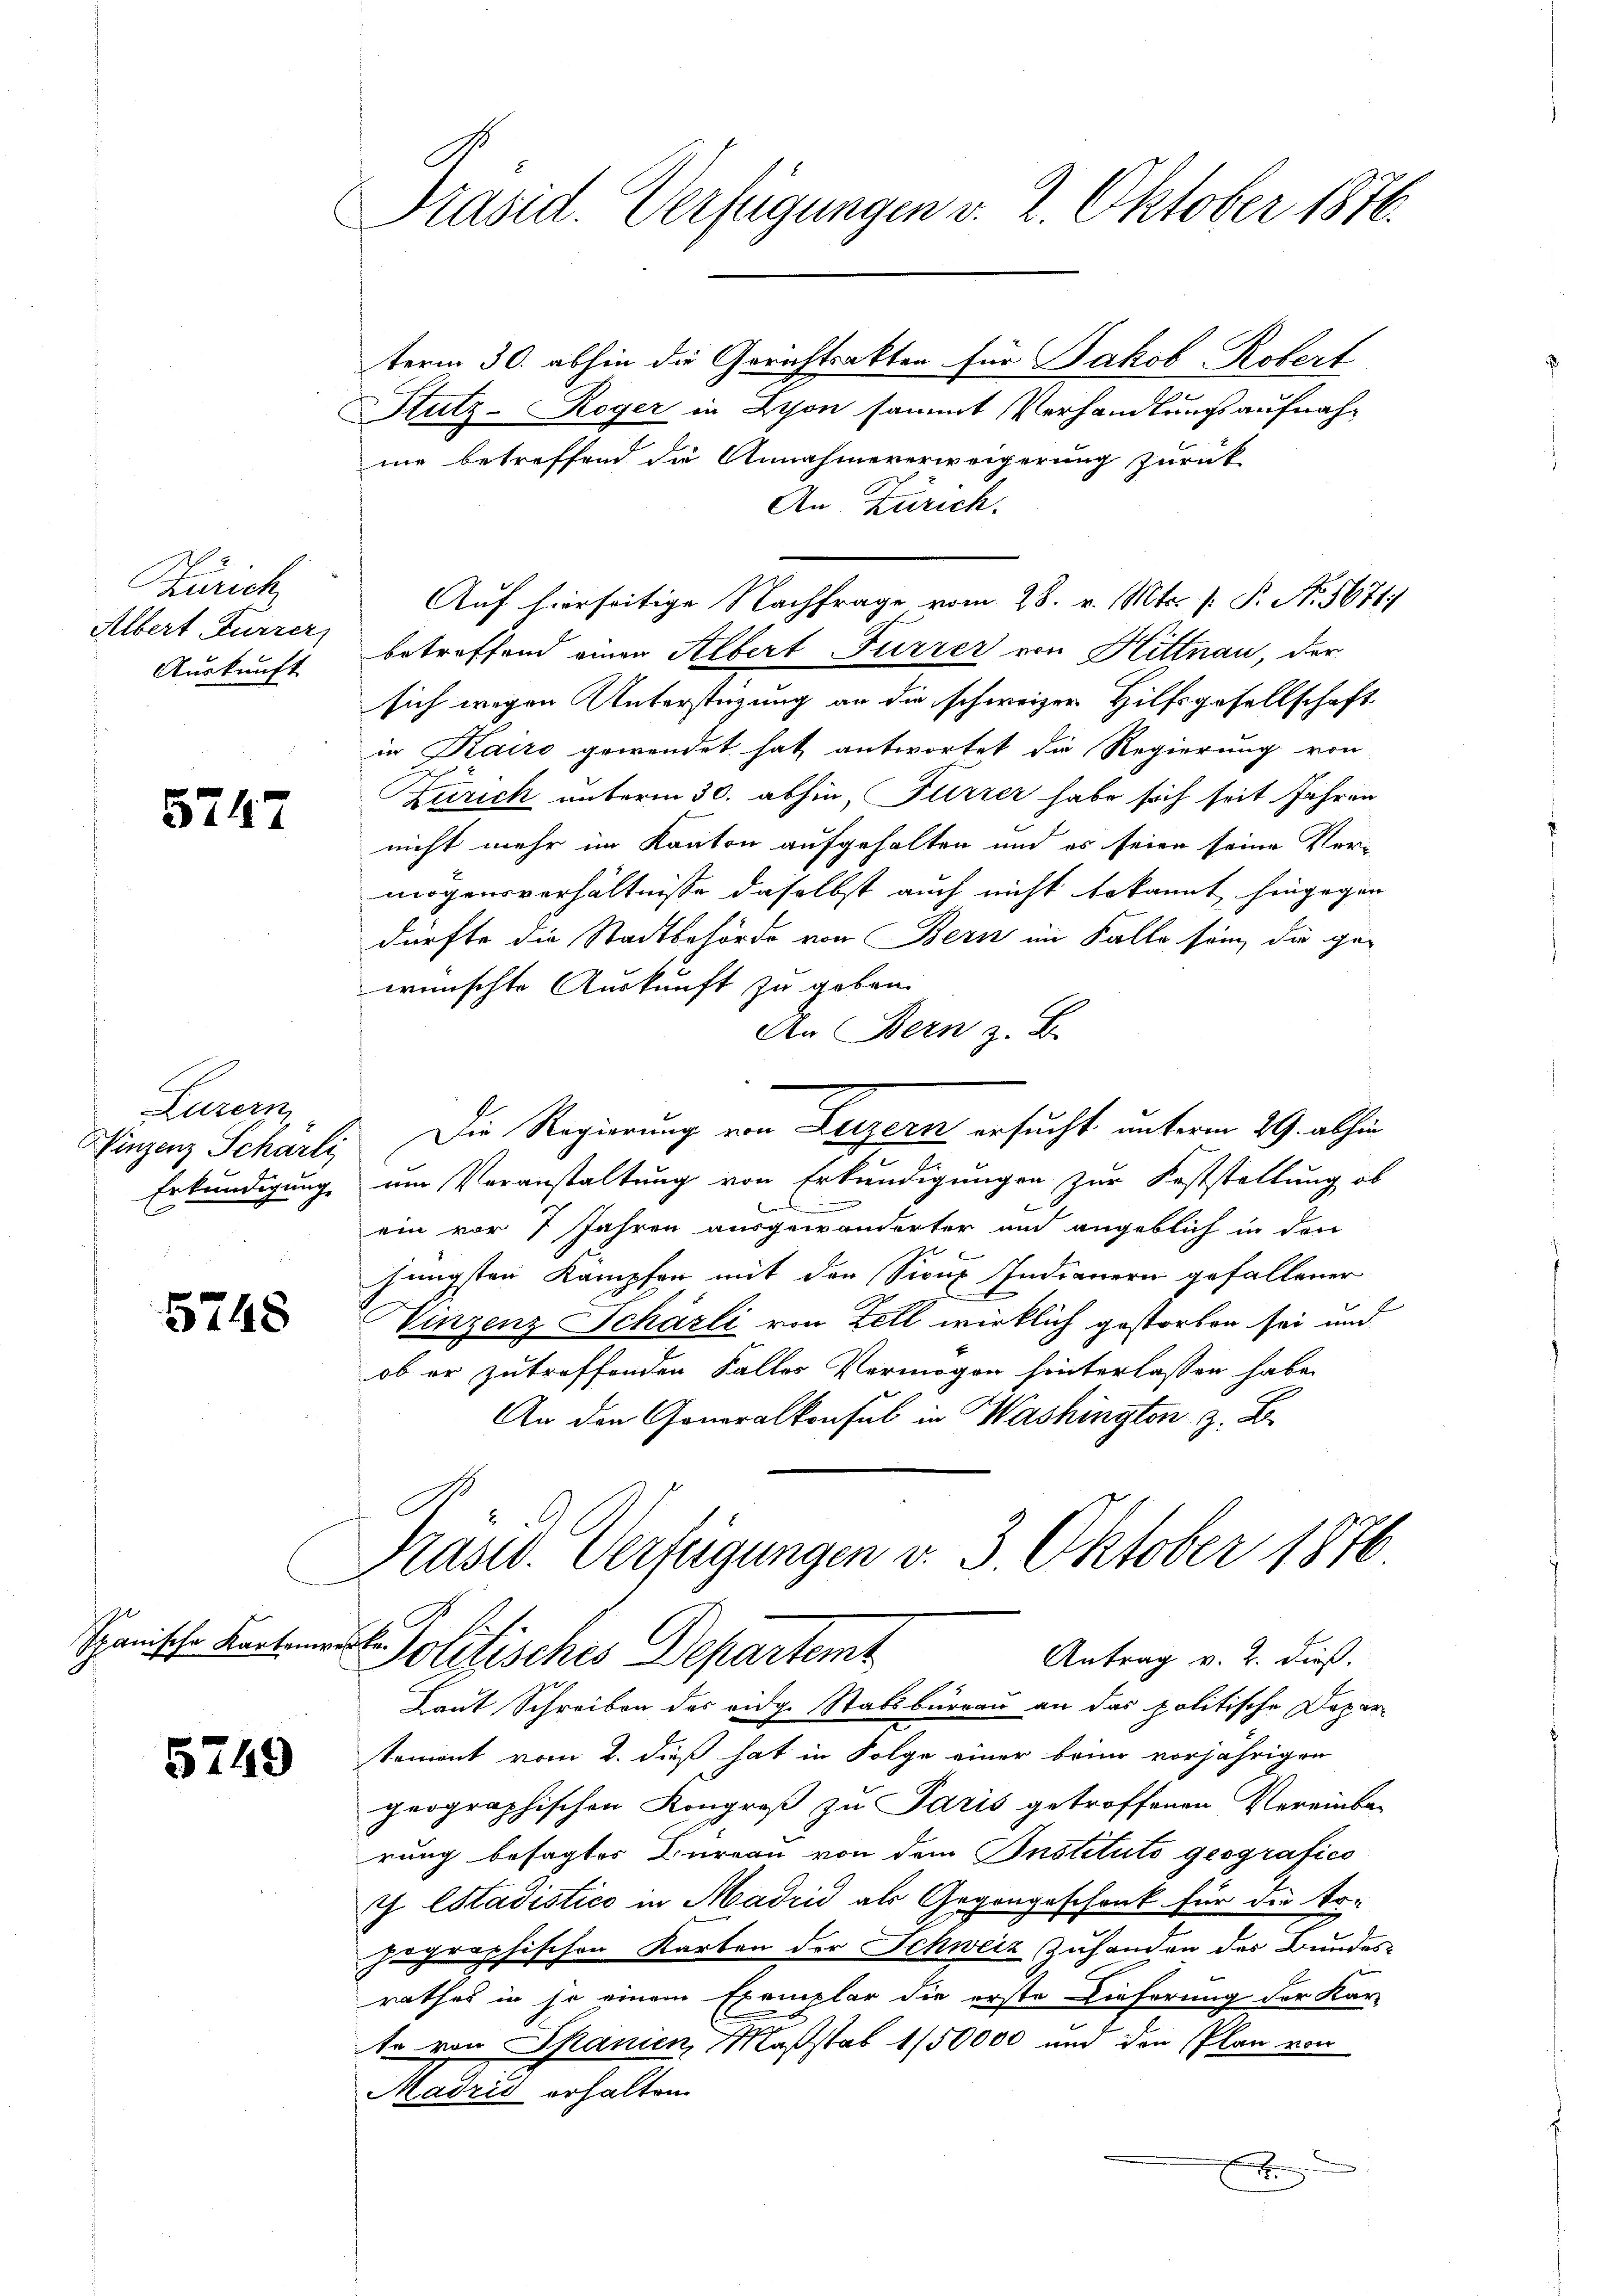
Zürich
Albert Furrer,

5747

Luzern,

5748

Ipanische Kartenwerke.

5749

Präsid. Verfügungen v. 2. Oktober 1876.

term 30. abhin die Gerichtsakten für Jakob Robert
Stutz-Roger in Lyon sammt Verhandlungsaufnahne betreffend die Annahmeverweigerung zurück
An Zürich.
Auskunft betreffend einen Albert Furrer von Hittnau, der
sich wegen Unterstüzung an die schweizer Hilfsgesellschaft
in Kairo gewendet hat antwortet die Regierung von
Zürich unterm 30. abhin, Furrer habe sich seit Jahren
nicht mehr im Kanton aufgehalten und es seien seine Vermögensverhältnisse daselbst auch nicht bekannt hingegen
dürfte die Stadtbehörde von Bern im Falle sein, die gewünschte Auskunft zu geben.
An Bern z. B.
Vinzenz Schürli, Die Regierung von Luzern ersucht unterm 29. abhin
Erkundigung um Veranstaltung von Erkundigungen zur Feststellung ob
ein vor 7 Jahren ausgewanderter und angeblich in den
jüngsten Kampfer mit den Sicup Indianern gefallener
Vinzenz Schärli von Zell wirklich gestorben sei und
ob er zutreffenden Falles Vermögen hinterlassen habe.
An den Generalkonsul in Washington z. B.
Präsid. Verfügungen v. 3. Oktober 1876
Politisches Departemt
Antrag v. 2. dieß.
Laut Schreiben des vidg. Stabsburgau an das politische Departement vom 2. dieß hat in Folge einer bring vorjährigen
geographischen Kongreß zu Paris getroffenen Vereinba-
rung besagtes Burgau von dem Instituto geografico
J. Estadistico in Madrid als Gegengeschenk für die Er-
jographischen Karten der Schweiz zuhanden des Bundesrathes in so einem Exemplar die erste Lieferung der Kar-
te von Spanien, Maßstab 150000 und den Plan von
Madrid erhalten.
x

Auf hierseitige Nachfrage vom 28. v. Mts. /: P. N. 5671)